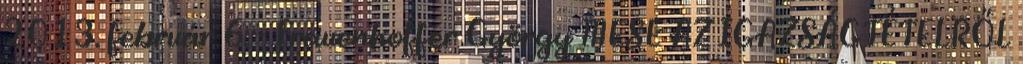
2013. február 6. - Frauenhoffer György MESE AZ IGAZSÁGTÉTELRŐL